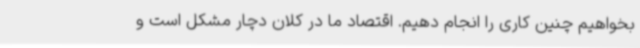
بخواهیم چنین کاری را انجام دهیم. اقتصاد ما در کلان دچار مشکل است و